Kambja_algkool, lk 122
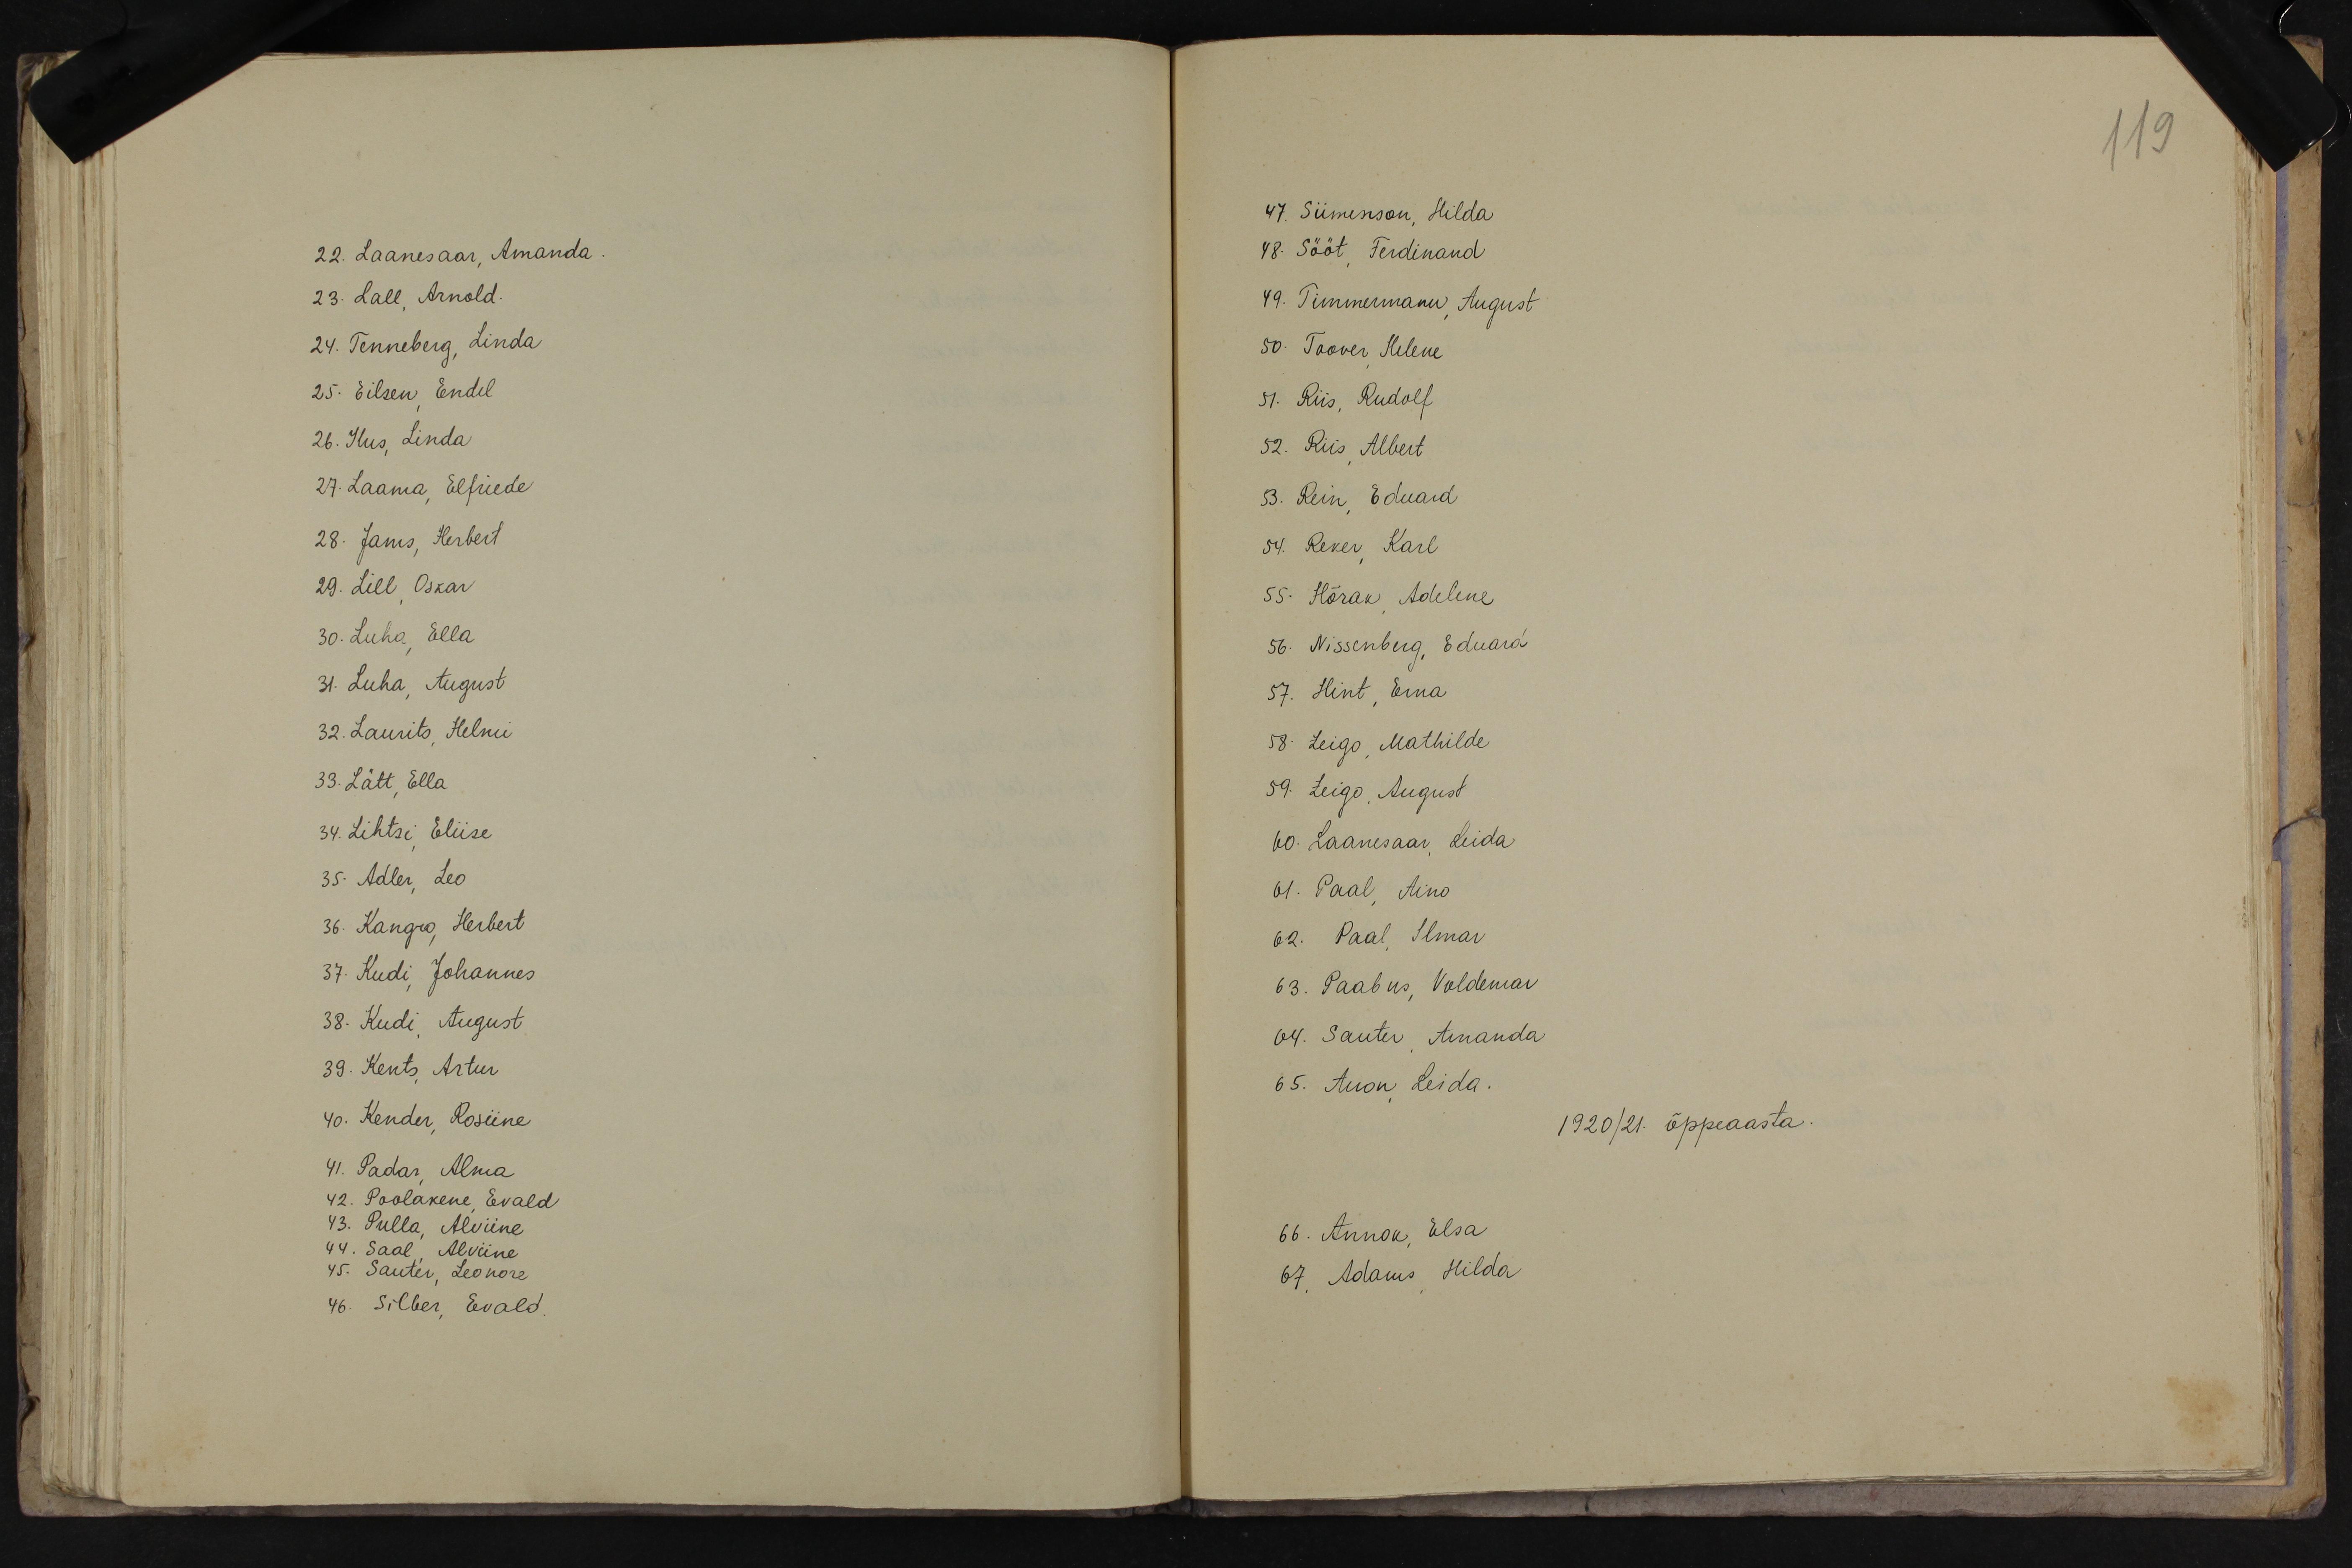
22. Laanesaar, Amanda.
23. Lall, Arnold.
24. Tenneberg, Linda
25. Eilsen, Endel
26. Ilus, Linda
27. Laama, Elfriede
28. Janis, Herbert.
29. Lill, Oskar
30. Luha, Ella
31. Luha, August.
32. Laurits, Helmi
33. Lätt, Ella
34. Lihtsi, Eliise
35. Adler, Leo
36. Kangro, Herbert
37. Kudi, Johannes
38. Kudi, August
39. Kents, Artur
40. Kender, Rosiine
41. Padar, Alma,
42. Poolakene, Eevald
43. Pulla, Alviine,
44. Saal, Alviine
45. Sauter, Leonore
46. Silber, Eevald

119
47. Siimenson, Hilda
48. Sööt, Ferdinand
49. Timmermanu, August
50. Toover, Helene
51. Riis, Rudolf
52. Riis, Albert
3. Rein, Eduard
54. Reker, Karl
55. Hõrak, Adeline
56. Nissenberg, Eduard
57. Hint, Erna
58. Leigo, Mathilde
59. Leigo, August
60. Laanesaar, Leida
61. Paal, Aino
62. Paal, Ilmar
63. Paabus, Voldemar
64. Sauter, Amanda
65. Anon, Leida.
1920/21. õppeaasta
66. Annok, Elsa
67 Adams, Hilda